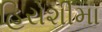
હિરોશીમા